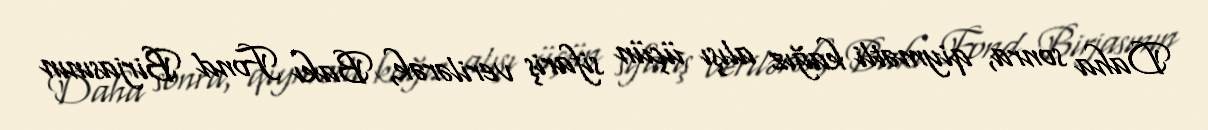
Daha sonra, qiymətli kağız alışı üçün sifariş verilərək, Bakı Fond Birjasının